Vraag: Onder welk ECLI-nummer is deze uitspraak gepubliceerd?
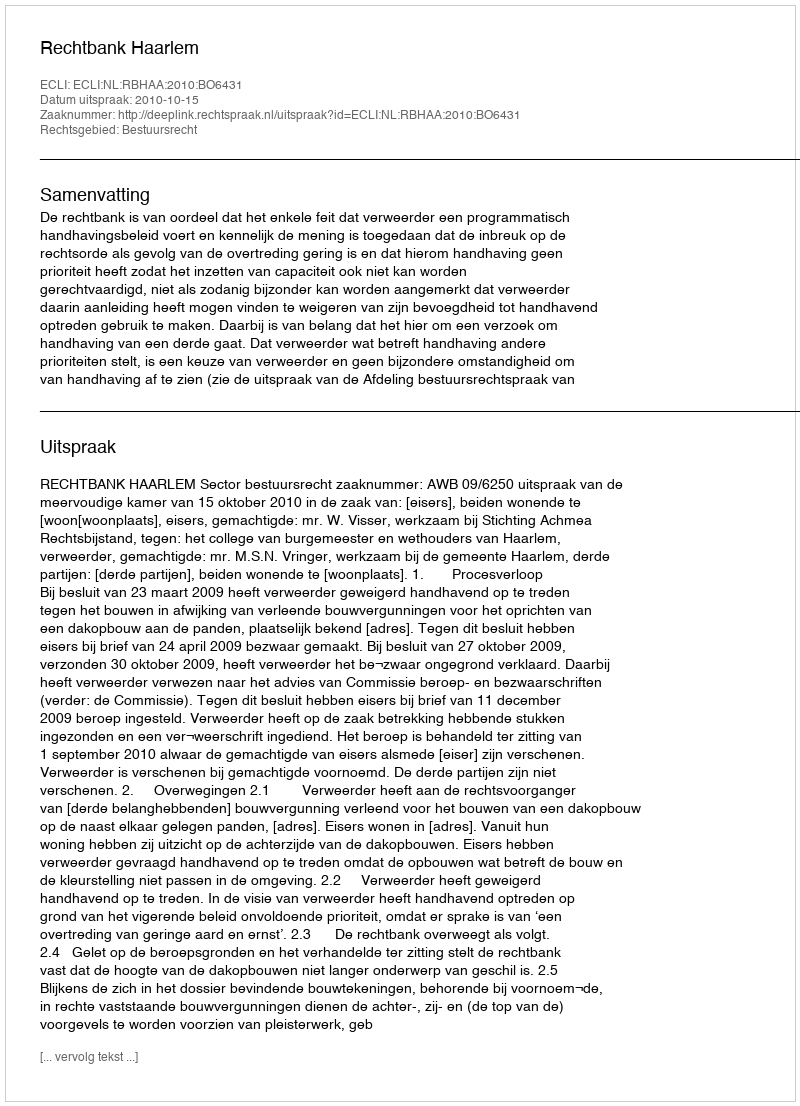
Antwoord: ECLI:NL:RBHAA:2010:BO6431